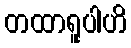
တထာရူပါဟိ